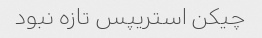
چیکن استریپس تازه نبود